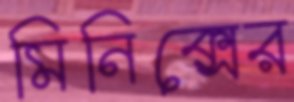
মিনিক্সের